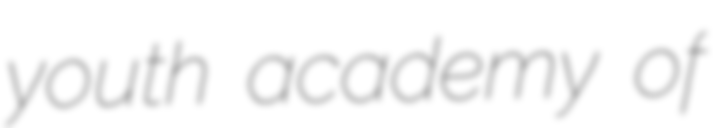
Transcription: youth academy of